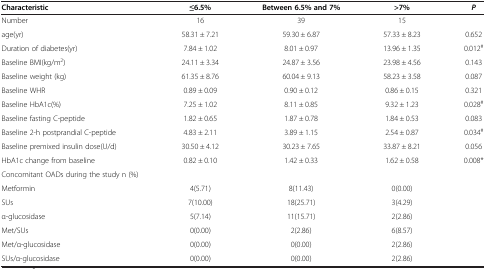
| Characteristic | ≤6.5% | Between 6.5% and 7% | >7% | P |
 | --- | --- | --- | --- | --- |
 | Number | 16 | 39 | 15 |  |
 | age(yr) | 58.31 ± 7.21 | 59.30 ± 6.87 | 57.33 ± 8.23 | 0.652 |
 | Duration of diabetes(yr) | 7.84 ± 1.02 | 8.01 ± 0.97 | 13.96 ± 1.35 | 0.012# |
 | Baseline BMI(kg/m2) | 24.11 ± 3.34 | 24.87 ± 3.56 | 23.98 ± 4.56 | 0.143 |
 | Baseline weight (kg) | 61.35 ± 8.76 | 60.04 ± 9.13 | 58.23 ± 3.58 | 0.087 |
 | Baseline WHR | 0.89 ± 0.09 | 0.90 ± 0.12 | 0.86 ± 0.15 | 0.321 |
 | Baseline HbA1c(%) | 7.25 ± 1.02 | 8.11 ± 0.85 | 9.32 ± 1.23 | 0.028# |
 | Baseline fasting C-peptide | 1.82 ± 0.65 | 1.87 ± 0.78 | 1.84 ± 0.53 | 0.083 |
 | Baseline 2-h postprandial C-peptide | 4.83 ± 2.11 | 3.89 ± 1.15 | 2.54 ± 0.87 | 0.034# |
 | Baseline premixed insulin dose(U/d) | 30.50 ± 4.12 | 30.23 ± 7.65 | 33.87 ± 8.21 | 0.056 |
 | HbA1c change from baseline | 0.82 ± 0.10 | 1.42 ± 0.33 | 1.62 ± 0.58 | 0.008* |
 | Concomitant OADs during the study n (%) |  |  |  |  |
 | Metformin | 4(5.71) | 8(11.43) | 0(0.00) |  |
 | SUs | 7(10.00) | 18(25.71) | 3(4.29) |  |
 | α-glucosidase | 5(7.14) | 11(15.71) | 2(2.86) |  |
 | Met/SUs | 0(0.00) | 2(2.86) | 6(8.57) |  |
 | Met/α-glucosidase | 0(0.00) | 0(0.00) | 2(2.86) |  |
 | SUs/α-glucosidase | 0(0.00) | 0(0.00) | 2(2.86) |  |